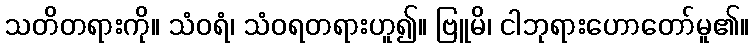
သတိတရားကို။ သံဝရံ၊ သံဝရတရားဟူ၍။ ဗြူမိ၊ ငါဘုရားဟောတော်မူ၏။